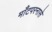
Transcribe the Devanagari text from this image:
माँटपरनासे